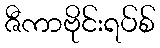
ဇီကာဗိုင်းရပ်စ်